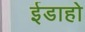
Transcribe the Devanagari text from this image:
ईडाहो